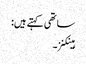
ساتھی کہتے ہیں:
ہینکنز۔